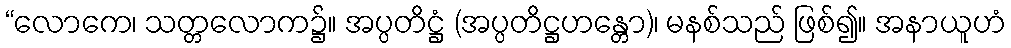
“လောကေ၊ သတ္တလောက၌။ အပ္ပတိဋ္ဌံ (အပ္ပတိဋ္ဌဟန္တော)၊ မနစ်သည် ဖြစ်၍။ အနာယူဟံ